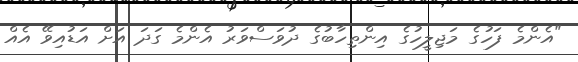
"އެންމެ ފަހުގެ މަޖިލީހުގެ އިންތިހާބުގެ ދުވަސްވަރު އެންމެ ގަދަ އަށް އަޑުއިވޭ އެއް